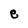
Character: e